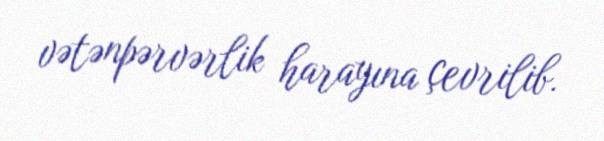
vətənpərvərlik harayına çevrilib.